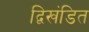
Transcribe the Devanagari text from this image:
द्विखंडित